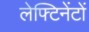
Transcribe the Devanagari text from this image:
लेफ्टिनेंटों